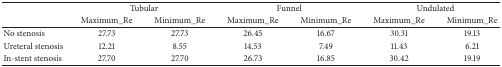
<table><thead><tr><td><b> </b></td><td colspan="2"><b>Tubular</b></td><td colspan="2"><b>Funnel</b></td><td colspan="2"><b>Undulated</b></td></tr><tr><td><b> </b></td><td><b>Maximum_Re</b></td><td><b>Minimum_Re</b></td><td><b>Maximum_Re</b></td><td><b>Minimum_Re</b></td><td><b>Maximum_Re</b></td><td><b>Minimum_Re</b></td></tr></thead><tbody><tr><td>No stenosis</td><td>27.73</td><td>27.73</td><td>26.45</td><td>16.67</td><td>30.31</td><td>19.13</td></tr><tr><td>Ureteral stenosis</td><td>12.21</td><td>8.55</td><td>14.53</td><td>7.49</td><td>11.43</td><td>6.21</td></tr><tr><td>In-stent stenosis</td><td>27.70</td><td>27.70</td><td>26.73</td><td>16.85</td><td>30.42</td><td>19.19</td></tr></tbody></table>